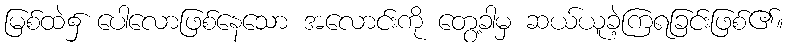
မြစ်ထဲ၌ ပေါလောဖြစ်နေသော အလောင်းကို တွေ့ခါမှ ဆယ်ယူခဲ့ကြရခြင်းဖြစ်၏။